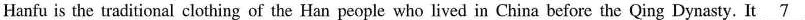
Hanfu is the traditional clothing of the Han people who lived in China before the Qing Dynasty. It \undeerline{7}